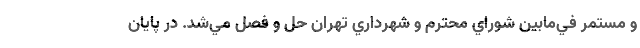
و مستمر في‌مابين شوراي محترم و شهرداري تهران حل و فصل مي‌شد. در پايان